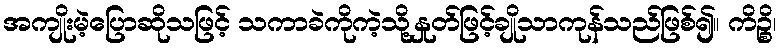
အကျိုးမဲ့ပြောဆိုသဖြင့် သကာခဲကိုကဲ့သို့နှုတ်ဖြင့်ချိုသာကုန်သည်ဖြစ်၍။ ကိဉ္စိ၊